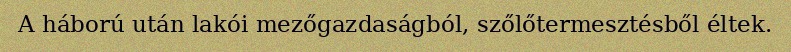
A háború után lakói mezőgazdaságból, szőlőtermesztésből éltek.